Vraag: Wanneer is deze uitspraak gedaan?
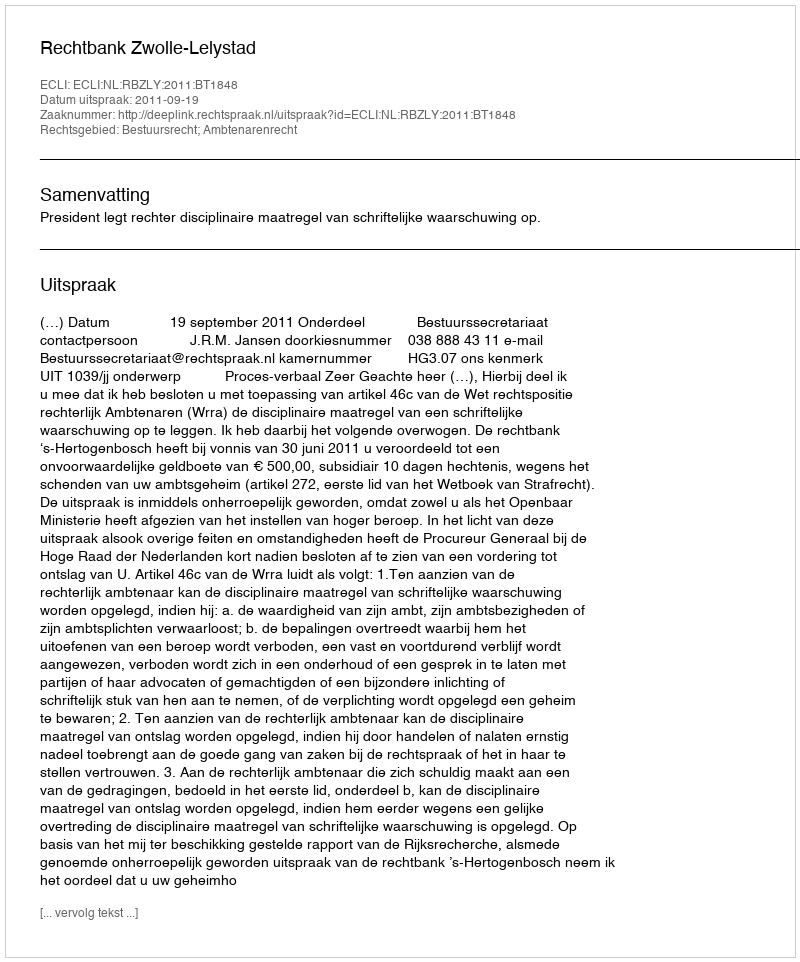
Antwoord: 2011-09-19